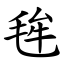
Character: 毪